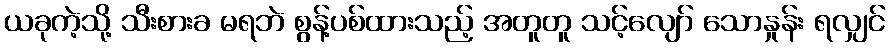
ယခုကဲ့သို့ သီးစားခ မရဘဲ စွန့်ပစ်ထားသည့် အတူတူ သင့်လျော် သောနှုန်း ရလျှင်